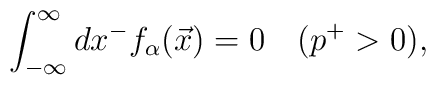
\int_{-\infty}^{\infty} dx^- f_{\alpha}(\vec{x}) =0  \quad (p^+> 0),